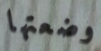
وضعتها